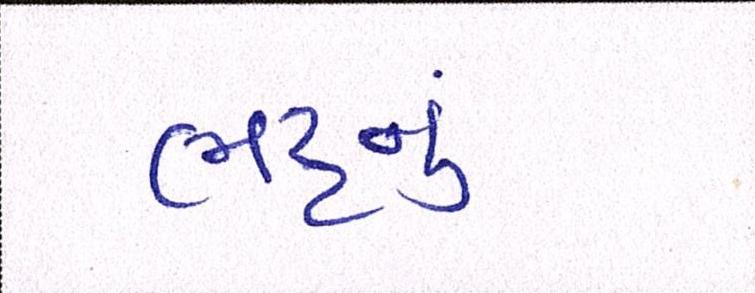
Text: ભટ્ટનું